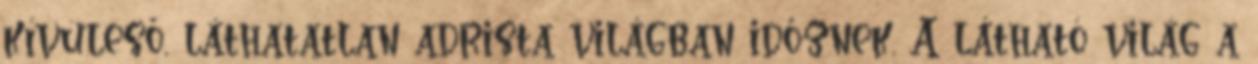
kívüleső, láthatatlan adrista világban időznek. A látható világ a